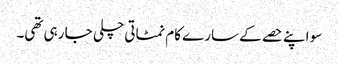
سو اپنے حصے کے سارے کام نمٹاتی چلی جا رہی تھی۔